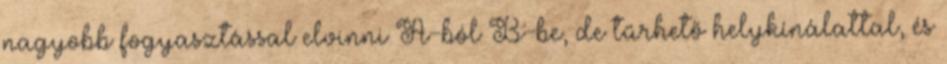
nagyobb fogyasztással elvinni A-ból B-be, de tűrhető helykínálattal, és